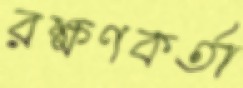
রক্ষণকর্তা